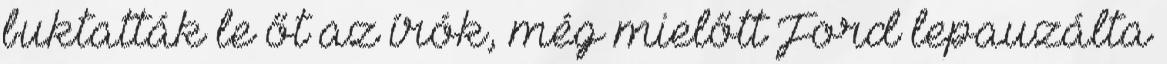
buktatták le őt az írók, még mielőtt Ford lepauzálta